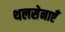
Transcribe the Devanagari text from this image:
थलसेनाएँ